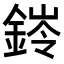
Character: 𮢊